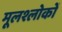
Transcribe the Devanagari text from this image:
मूलश्लोकों